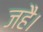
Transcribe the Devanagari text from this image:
जहै।